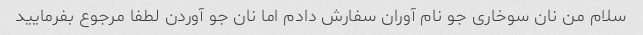
سلام من نان سوخاری جو نام آوران سفارش دادم اما نان جو آوردن لطفا مرجوع بفرمایید